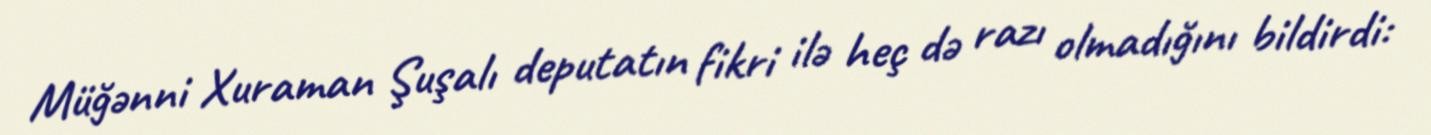
Müğənni Xuraman Şuşalı deputatın fikri ilə heç də razı olmadığını bildirdi: